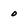
Character: 0